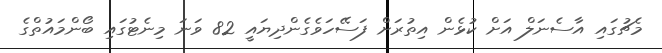
މެޗުގައި އާސެނަލް އަށް ކުޅެން އިތުރަށް ފަސޭހަވެގެންދިޔައީ 82 ވަނަ މިނެޓުގައި ބޯންމައުތްގެ